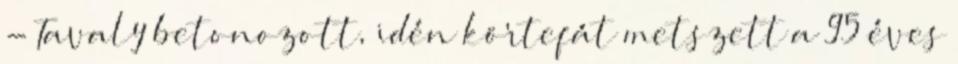
- Tavaly betonozott, idén körtefát metszett a 95 éves